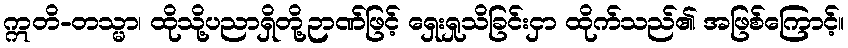
ဣတိ-တသ္မာ၊ ထိုသို့ပညာရှိတို့ဉာဏ်ဖြင့် ရှေးရှုသိခြင်းငှာ ထိုက်သည်၏ အဖြစ်ကြောင့်။